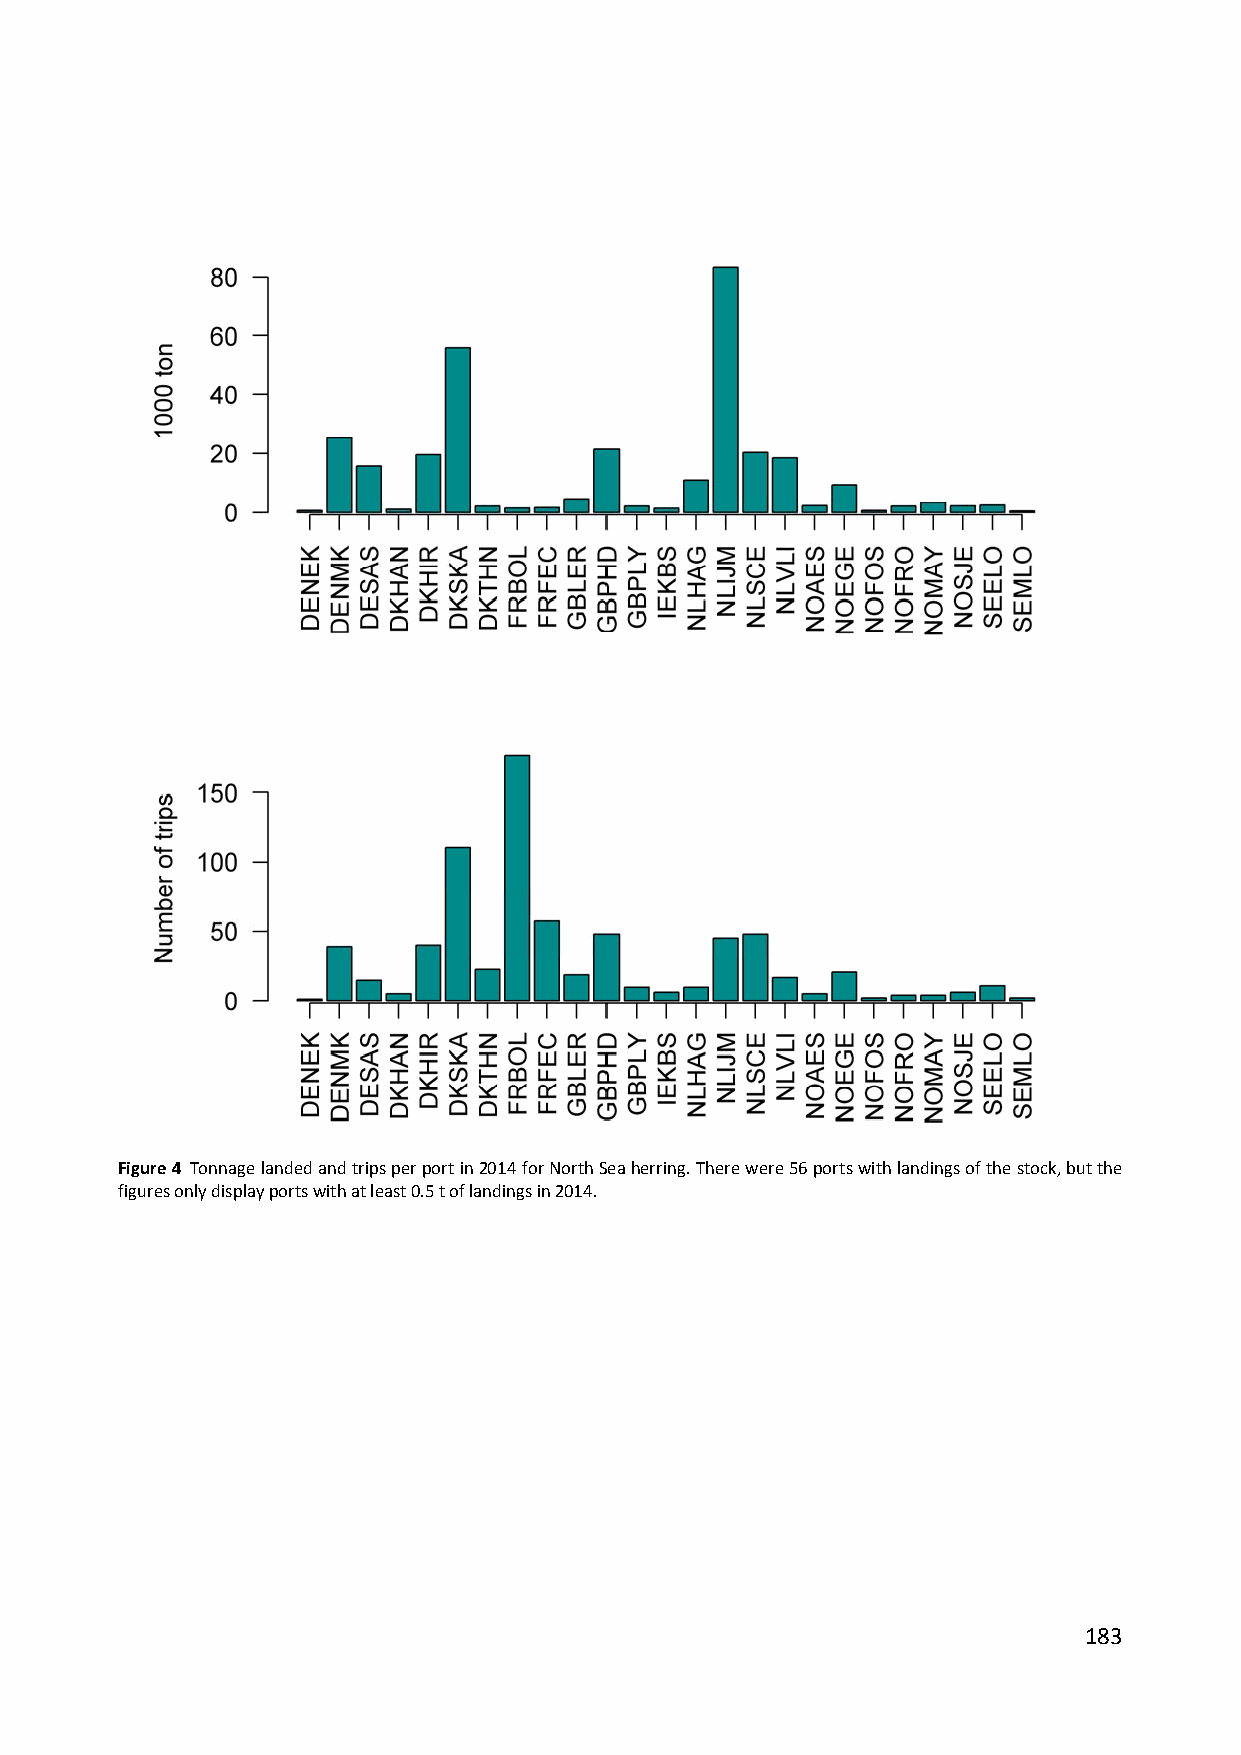
Figure 4 Tonnage landed and trips per port in 2014 for North Sea herring. There were 56 ports with landings of the stock, but the
 figures only display ports with at least 0.5 t of landings in 2014.
 183